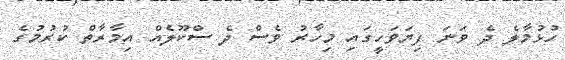
ހުޅުމާލެ ދެ ވަނަ ފިޔަވަހީގައި މިހާރު ވެސް ދެ ސްކޫލެއް އިމާރާތް ކުރުމުގެ